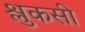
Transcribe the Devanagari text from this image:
श्लुकसी